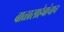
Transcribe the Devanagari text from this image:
बाळासाहेबांचाच